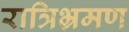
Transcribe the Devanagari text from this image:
रात्रिभ्रमण